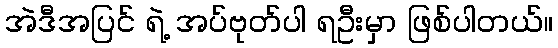
အဲဒီအပြင် ရဲ့ အပ်ဗုတ်ပါ ရဦးမှာ ဖြစ်ပါတယ်။